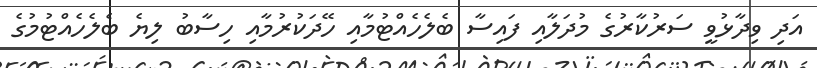
އަދި ވިދާޅުވީ ސަރުކާރުގެ މުދަލާއި ފައިސާ ބެލެހެއްޓުމާއި ހޭދަކުރުމާއި ހިސާބު ލިޔެ ބެލެހެއްޓުމުގެ